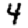
Digit: 4